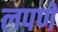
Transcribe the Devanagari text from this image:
लपणे